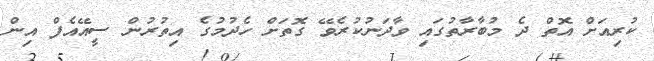
ކުރިއަށް އޮތް ދެ މުބާރާތުގައި ވާދަނުކުރެވޭ ގޮތަށް ހެދުމުގެ އިތުރުން ސީއޭއެފް އިން